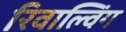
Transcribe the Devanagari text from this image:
रिवाल्विंग